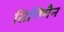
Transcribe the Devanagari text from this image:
सिलिमैन